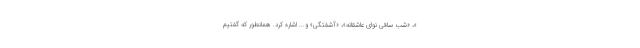
»، «شب ساقی نوای عاشقانه»، «آشفتگی» و... اشاره کرد. همانطور که گفتیم